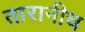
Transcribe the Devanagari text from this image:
तारानीच